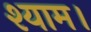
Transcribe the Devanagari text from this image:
श्याम।